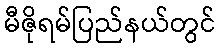
မီဇိုရမ်ပြည်နယ်တွင်